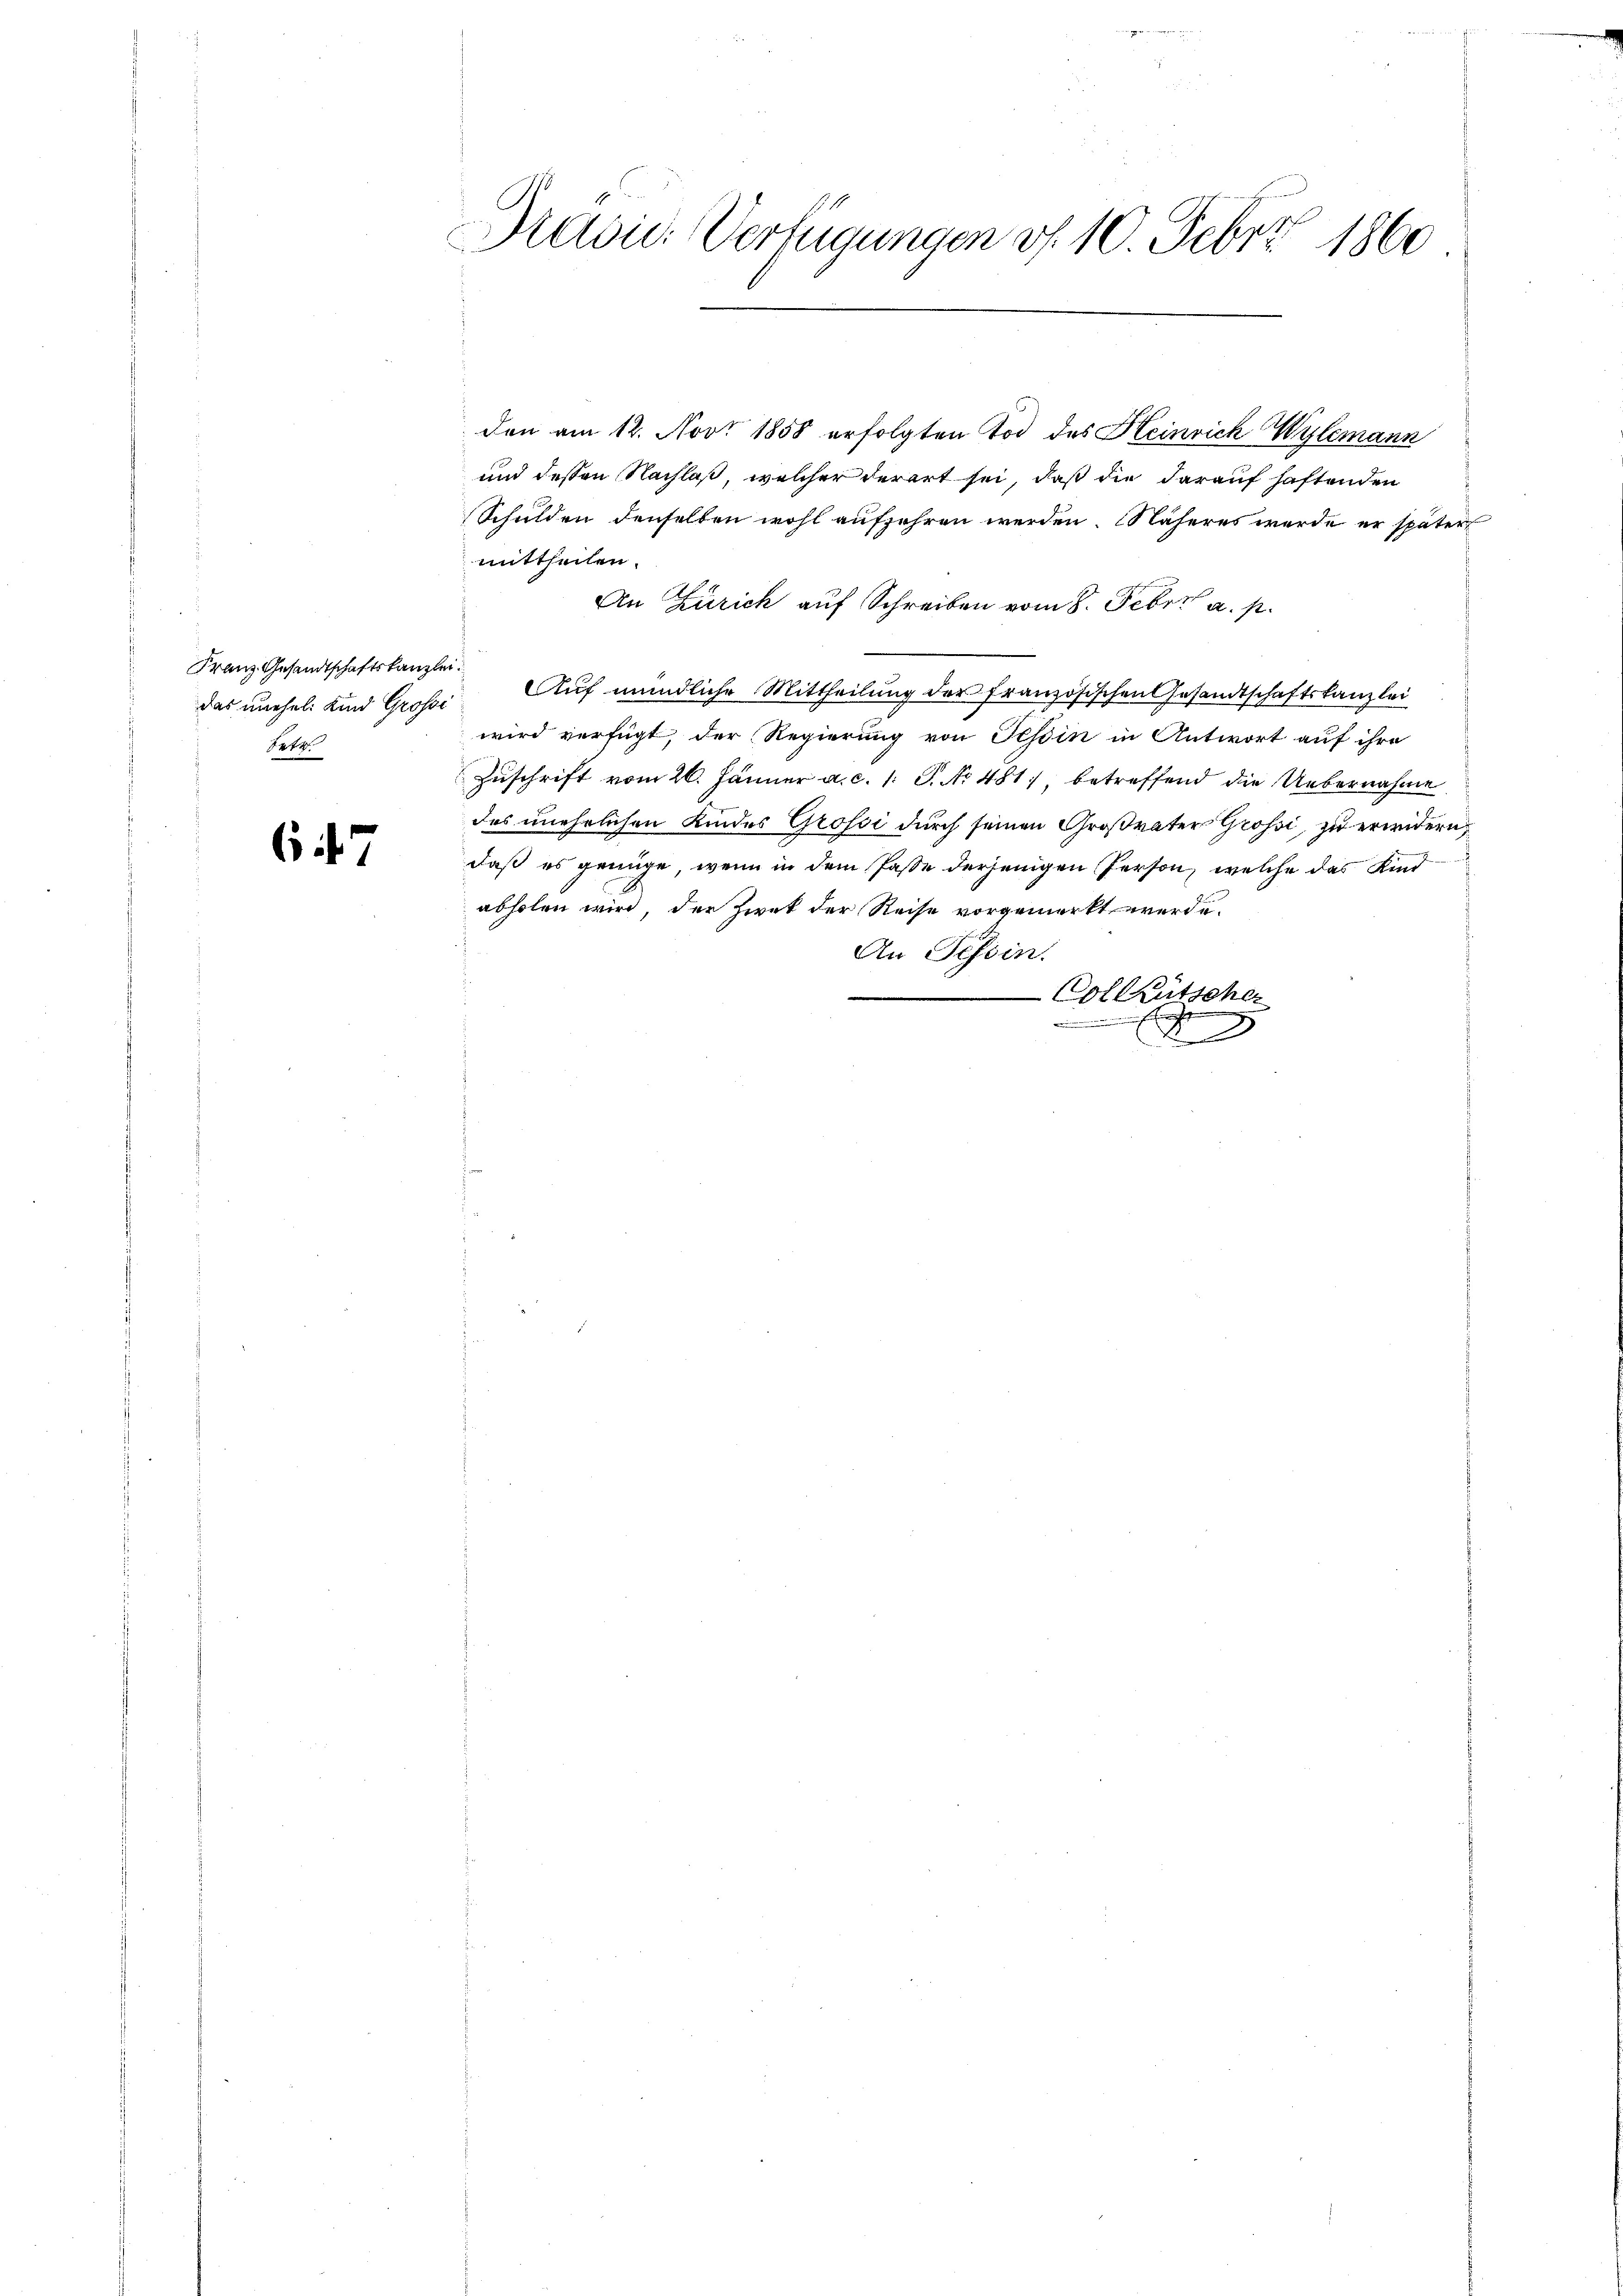
Franz Gesandtschaftskanzlei
das unehel. Kind Grosse
Satz.

6 47

Dradie Verfügungen d. 10. Febr. 1860

den am 12. Nov. 1858 erfolgten Tod des Heinrich Wylemann
und dessen Nachlaß, welcher derart sei, daß die darauf haftenden
Schulden denselben wohl auffahren werden Näheres werde er später
mittheilen.
An Zürich auf Schreiben vom 8. Febr. a. p.
Auf mündliche Mittheilung der französischen Gesandtschaftskanzlei
wird verfügt, der Regierung von Tessin in Antwort auf ihre
Zuschrift vom 26. Jänner a. c. 1. S. No 481, betreffend die Uebernahme
des unehrlichen Kindes Grossi durch seinen Großvater Grossi, zu erwidern,
daß es genüge, wenn in dem Pässe derjenigen Person, welche das Kind
abholen wird, der Zwek der Reise vorgemerkt werde.
An Tessin.
Col lütscher
g